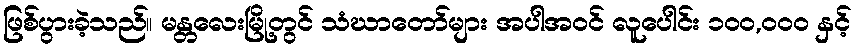
ဖြစ်ပွားခဲ့သည်။ မန္တလေးမြို့တွင် သံဃာတော်များ အပါအဝင် လူပေါင်း ၁၀၀,၀၀၀ နှင့်